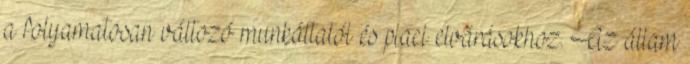
a folyamatosan változó munkáltatói és piaci elvárásokhoz. Az állam